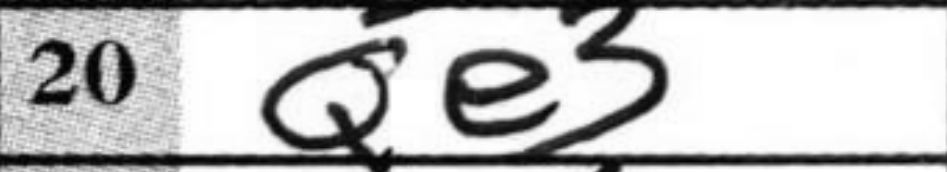
Transcription: Qe3